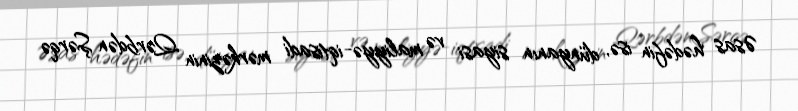
Əsas hədəfin isə, dünyanın siyasi və maliyyə-iqtisadi mərkəzinin Qərbdən Şərqə